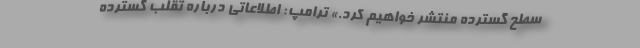
سطح گسترده منتشر خواهیم کرد.» ترامپ: اطلاعاتی درباره تقلب گسترده